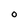
Character: 0